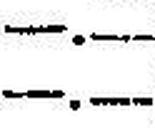
—.—